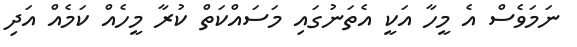
ނަމަވެސް އެ މީހާ އަކީ އެތަނުގައި މަސައްކަތް ކުރާ މީހެއް ކަމެއް އަދި